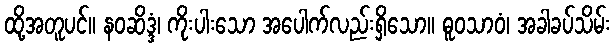
ထို့အတူပင်။ နဝဆိဒ္ဒံ၊ ကိုးပါးသော အပေါက်လည်းရှိသော။ ဓူဝသာဝံ၊ အခါခပ်သိမ်း